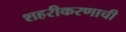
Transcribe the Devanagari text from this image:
शहरीकरणाची